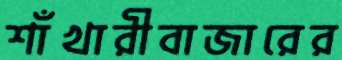
শাঁখারীবাজারের